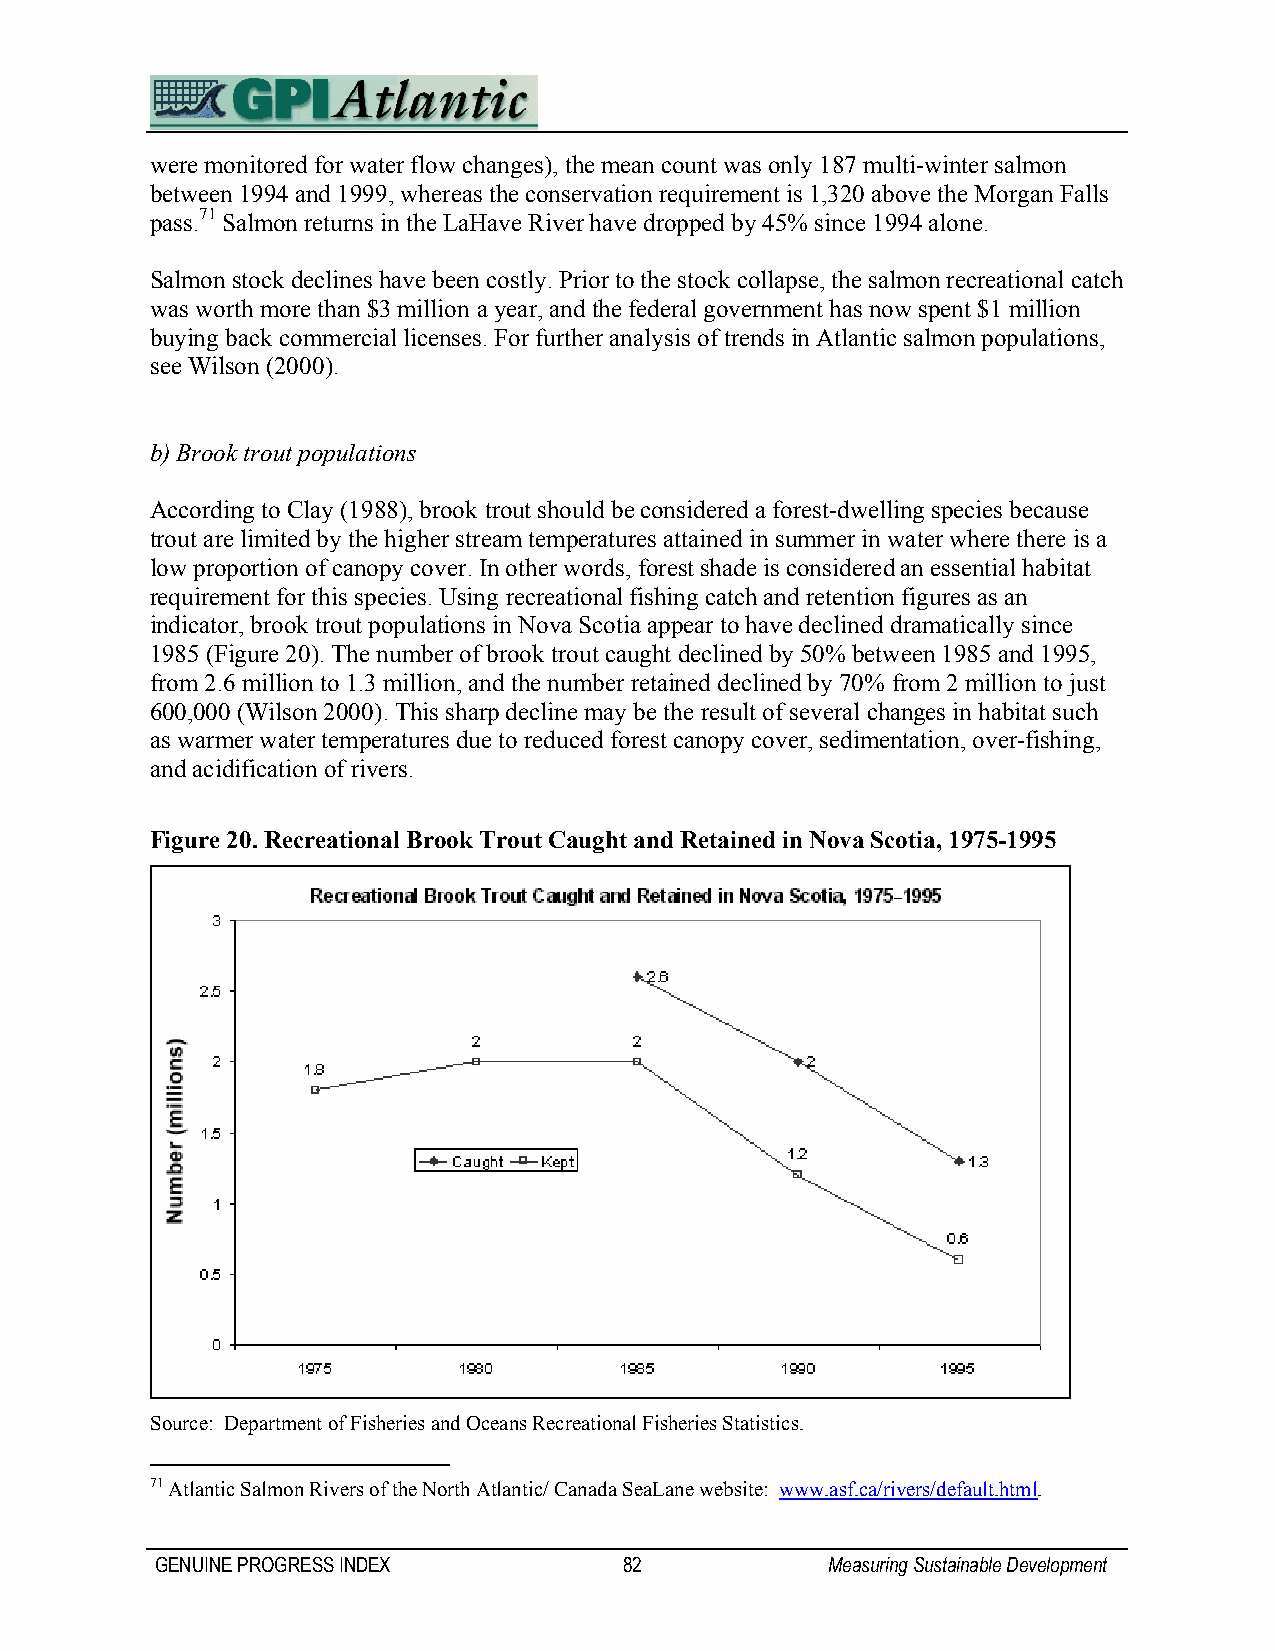
were monitored for water flow changes), the mean count was only 187 multi-winter salmon
 between 1994 and 1999, whereas the conservation requirement is 1,320 above the Morgan Falls
 pass.71 Salmon returns in the LaHave River have dropped by 45% since 1994 alone.
 Salmon stock declines have been costly. Prior to the stock collapse, the salmon recreational catch
 was worth more than $3 million a year, and the federal government has now spent $1 million
 buying back commercial licenses. For further analysis of trends in Atlantic salmon populations,
 see Wilson (2000).
 b) Brook trout populations
 According to Clay (1988), brook trout should be considered a forest-dwelling species because
 trout are limited by the higher stream temperatures attained in summer in water where there is a
 low proportion of canopy cover. In other words, forest shade is considered an essential habitat
 requirement for this species. Using recreational fishing catch and retention figures as an
 indicator, brook trout populations in Nova Scotia appear to have declined dramatically since
 1985 (Figure 20). The number of brook trout caught declined by 50% between 1985 and 1995,
 from 2.6 million to 1.3 million, and the number retained declined by 70% from 2 million to just
 600,000 (Wilson 2000). This sharp decline may be the result of several changes in habitat such
 as warmer water temperatures due to reduced forest canopy cover, sedimentation, over-fishing,
 and acidification of rivers.
 Figure 20. Recreational Brook Trout Caught and Retained in Nova Scotia, 1975-1995
 Source: Department of Fisheries and Oceans Recreational Fisheries Statistics.
 71 Atlantic Salmon Rivers of the North Atlantic/ Canada SeaLane website: www.asf.ca/rivers/default.html.
 GENUINE PROGRESS INDEX         82            Measuring Sustainable Development